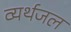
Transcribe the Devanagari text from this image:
व्यर्थजल